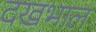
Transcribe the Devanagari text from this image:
दखभाल